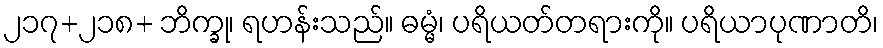
၂၁၇+၂၁၈+ ဘိက္ခု၊ ရဟန်းသည်။ ဓမ္မံ၊ ပရိယတ်တရားကို။ ပရိယာပုဏာတိ၊